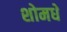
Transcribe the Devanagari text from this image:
शोमधे